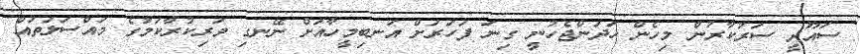
ސައޫދީ ސަރުކާރުން މިހެން ހަދަންޖެހުނީ ގިނަ ފަހަރަށް އަނބިމީހާއަށް ނޭނގި ވަރިކުރާކަމުގެ މައްސަލަތައް